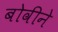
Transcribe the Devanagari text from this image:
बोवीने